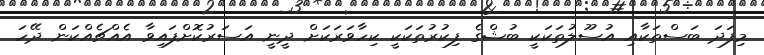
މިފަދަ ބަސްތަކާއި އުސޫލުތަކަކީ ބުޝްގެ ފިކުރުތަކަކީ ކިހާވަރަކަށް ދީނީ އަސަރުކޮށްފައިވާ އެއްޗެއްކަން ދޭހަ